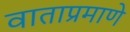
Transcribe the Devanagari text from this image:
वाताप्रमाणे